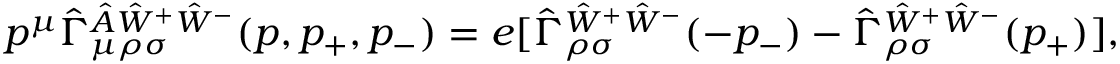
\begin{array} { l } { { \displaystyle p ^ { \mu } \hat { \Gamma } _ { \mu \rho \sigma } ^ { \hat { A } \hat { W } ^ { + } \hat { W } ^ { - } } ( p , p _ { + } , p _ { - } ) = e [ \hat { \Gamma } _ { \rho \sigma } ^ { \hat { W } ^ { + } \hat { W } ^ { - } } ( - p _ { - } ) - \hat { \Gamma } _ { \rho \sigma } ^ { \hat { W } ^ { + } \hat { W } ^ { - } } ( p _ { + } ) ] , } } \end{array}